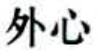
外心